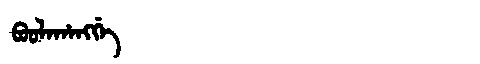
Manchu: ᠪᠣᠣᠯᠠᡥᠠᠩᡤᡝ
Romanization: BOOLAHANGGE